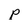
Character: p